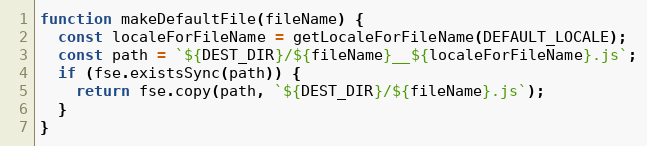
Language: JavaScript
function makeDefaultFile(fileName) {
  const localeForFileName = getLocaleForFileName(DEFAULT_LOCALE);
  const path = `${DEST_DIR}/${fileName}__${localeForFileName}.js`;
  if (fse.existsSync(path)) {
    return fse.copy(path, `${DEST_DIR}/${fileName}.js`);
  }
}